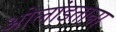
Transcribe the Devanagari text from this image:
ओलांडताना